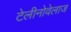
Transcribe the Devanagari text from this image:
टेलीनोवेलाज